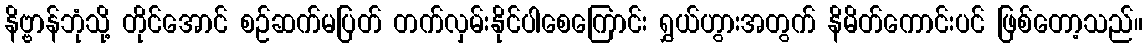
နိဗ္ဗာန်ဘုံသို့ တိုင်အောင် စဉ်ဆက်မပြတ် တက်လှမ်းနိုင်ပါစေကြောင်း ရွှယ်ဟွားအတွက် နိမိတ်ကောင်းပင် ဖြစ်တော့သည်။